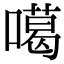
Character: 噶